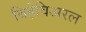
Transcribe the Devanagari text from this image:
बिहेविअरल